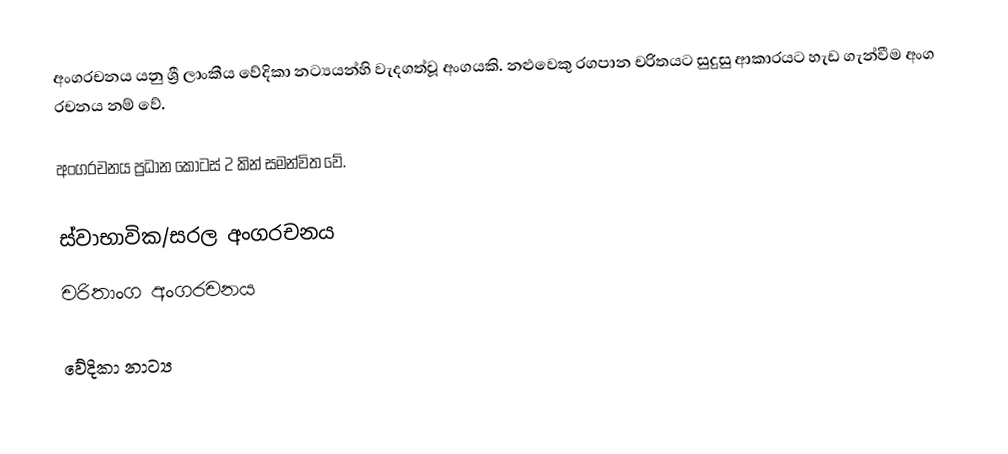
අංගරචනය යනු ශ්‍රී ලාංකීය වේදිකා නට්‍යයන්හි වැදගත්වූ අංගයකි. නළුවෙකු රගපාන චරිතයට සුදුසු ආකාරයට හැඩ ගැන්වීම අංග රචනය නම් වේ.

අංගරචනය ප්‍රධාන කොටස් 2 කින් සමන්විත වේ.

 ස්වාභාවික/සරල අංගරචනය
 චරිතාංග අංගරචනය

වේදිකා නාට්‍ය